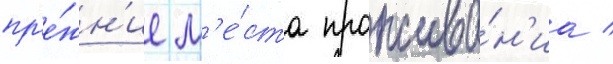
пр'е́жн'ие м'е́ста прожива́н'иа /